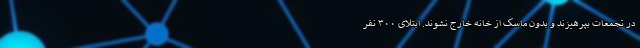
در تجمعات بپرهیزند و بدون ماسک از خانه خارج نشوند. ابتلای ۳۰۰ نفر